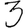
Digit: 3